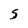
Character: 5